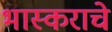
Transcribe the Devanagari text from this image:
भास्कराचे